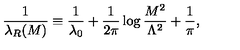
\frac { 1 } { \lambda _ { R } ( M ) } \equiv \frac { 1 } { \lambda _ { 0 } } + \frac { 1 } { 2 \pi } \log \frac { M ^ { 2 } } { \Lambda ^ { 2 } } + \frac { 1 } { \pi } ,